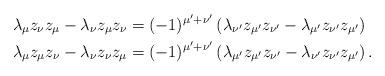
LaTeX: \begin{align*}&\lambda_\mu z_\nu z_\mu - \lambda_\nu z_\mu z_\nu = (-1)^{\mu' + \nu'} \left( \lambda_{\nu'} z_{\mu'} z_{\nu'} - \lambda_{\mu'} z_{\nu'} z_{\mu'} \right)\\&\lambda_\mu z_\mu z_\nu - \lambda_\nu z_\nu z_\mu = (-1)^{\mu' + \nu'} \left( \lambda_{\mu'} z_{\mu'} z_{\nu'} - \lambda_{\nu'} z_{\nu'} z_{\mu'}\right) .\end{align*}